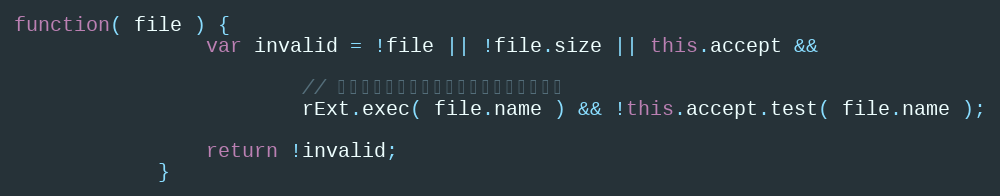
Language: JavaScript
function( file ) {
                var invalid = !file || !file.size || this.accept &&

                        // 如果名字中有后缀，才做后缀白名单处理。
                        rExt.exec( file.name ) && !this.accept.test( file.name );

                return !invalid;
            }